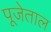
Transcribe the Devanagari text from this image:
पूजेताल